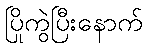
ပြိုကွဲပြီးနောက်